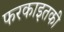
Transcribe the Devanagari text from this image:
फरकाइतकी